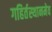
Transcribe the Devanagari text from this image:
गहिर्तस्थानमेव